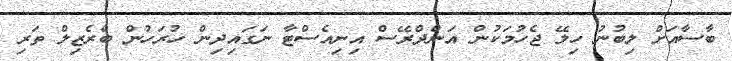
ބާސާއަށް ލިބުނު ހިލޭ ޖެހުމަކުން އަންދްރޭސް އިނިއެސްޓާ ނަގައިދިން ހުރަހުން ބްރެޒިލް ތަރި